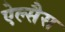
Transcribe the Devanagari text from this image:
ऐल्सैस